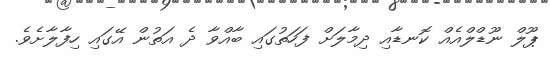
ޕޫލް ނޫޑްލްއެއް ކޮނޑާއި ދިމާލަށް ފަހަތުގައި ބާއްވާ ދެ އަތުން އޭގައި ހިފާލާށެވެ.